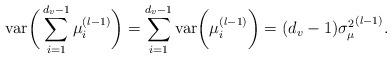
LaTeX: \begin{align*}\mathrm{var}\bigg(\sum_{i=1}^{d_{v}-1}\mu_{i}^{(l-1)}\bigg)=\sum_{i=1}^{d_{v}-1}\mathrm{var}\bigg(\mu_{i}^{(l-1)}\bigg)=(d_{v}-1){\sigma^{2}_{\mu}}^{(l-1)}.\end{align*}